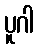
ပူဂါ